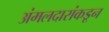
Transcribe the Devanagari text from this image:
अंमलदारांकडून